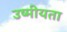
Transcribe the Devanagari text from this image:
उष्मीयता